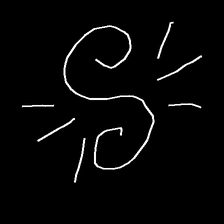
Glyph: wind-directs-air